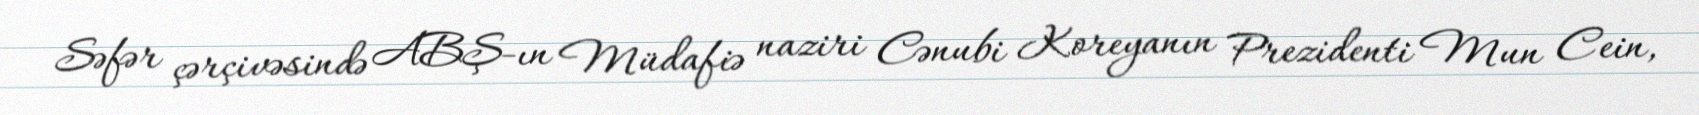
Səfər çərçivəsində ABŞ-ın Müdafiə naziri Cənubi Koreyanın Prezidenti Mun Cein,